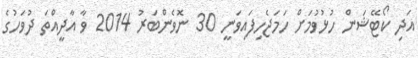
އަދި ކޯޓޭޝަން ހުޅުވުމަށް ހަމަޖެހިފައިވަނީ 30 ނޮވެންބަރު 2014 ވާ އާދީއްތަ ދުވަހުގެ